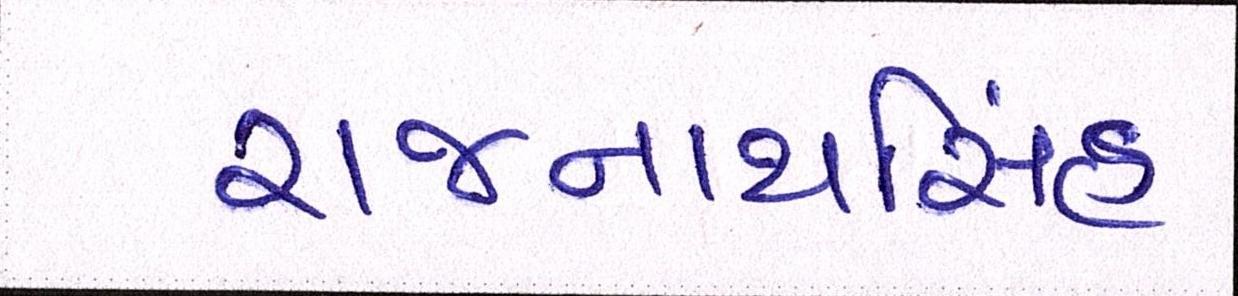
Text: રાજનાથસિંહ